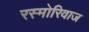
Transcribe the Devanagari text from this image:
रस्मोरिवाज